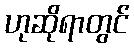
ဟုဆိုရာတွင်